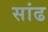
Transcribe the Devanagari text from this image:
सांढ